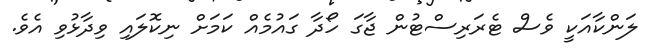
ލަންކާއަކީ ވެސް ޓެރަރިސްޓުން ޖާގަ ހޯދާ ގައުމެއް ކަމަށް ނިކޮލައި ވިދާޅުވި އެވެ.